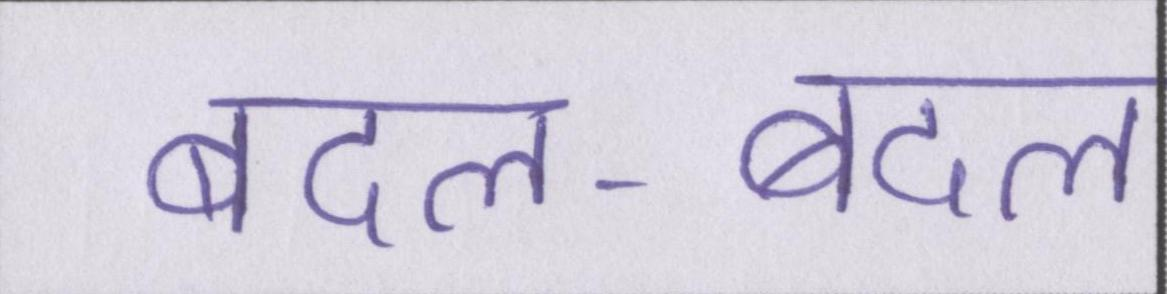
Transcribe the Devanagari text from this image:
बदल-बदल